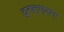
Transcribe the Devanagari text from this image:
द्त्फ्द्फ्द्फ्